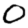
Digit: 0